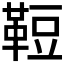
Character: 𩊪